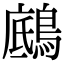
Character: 𪂑